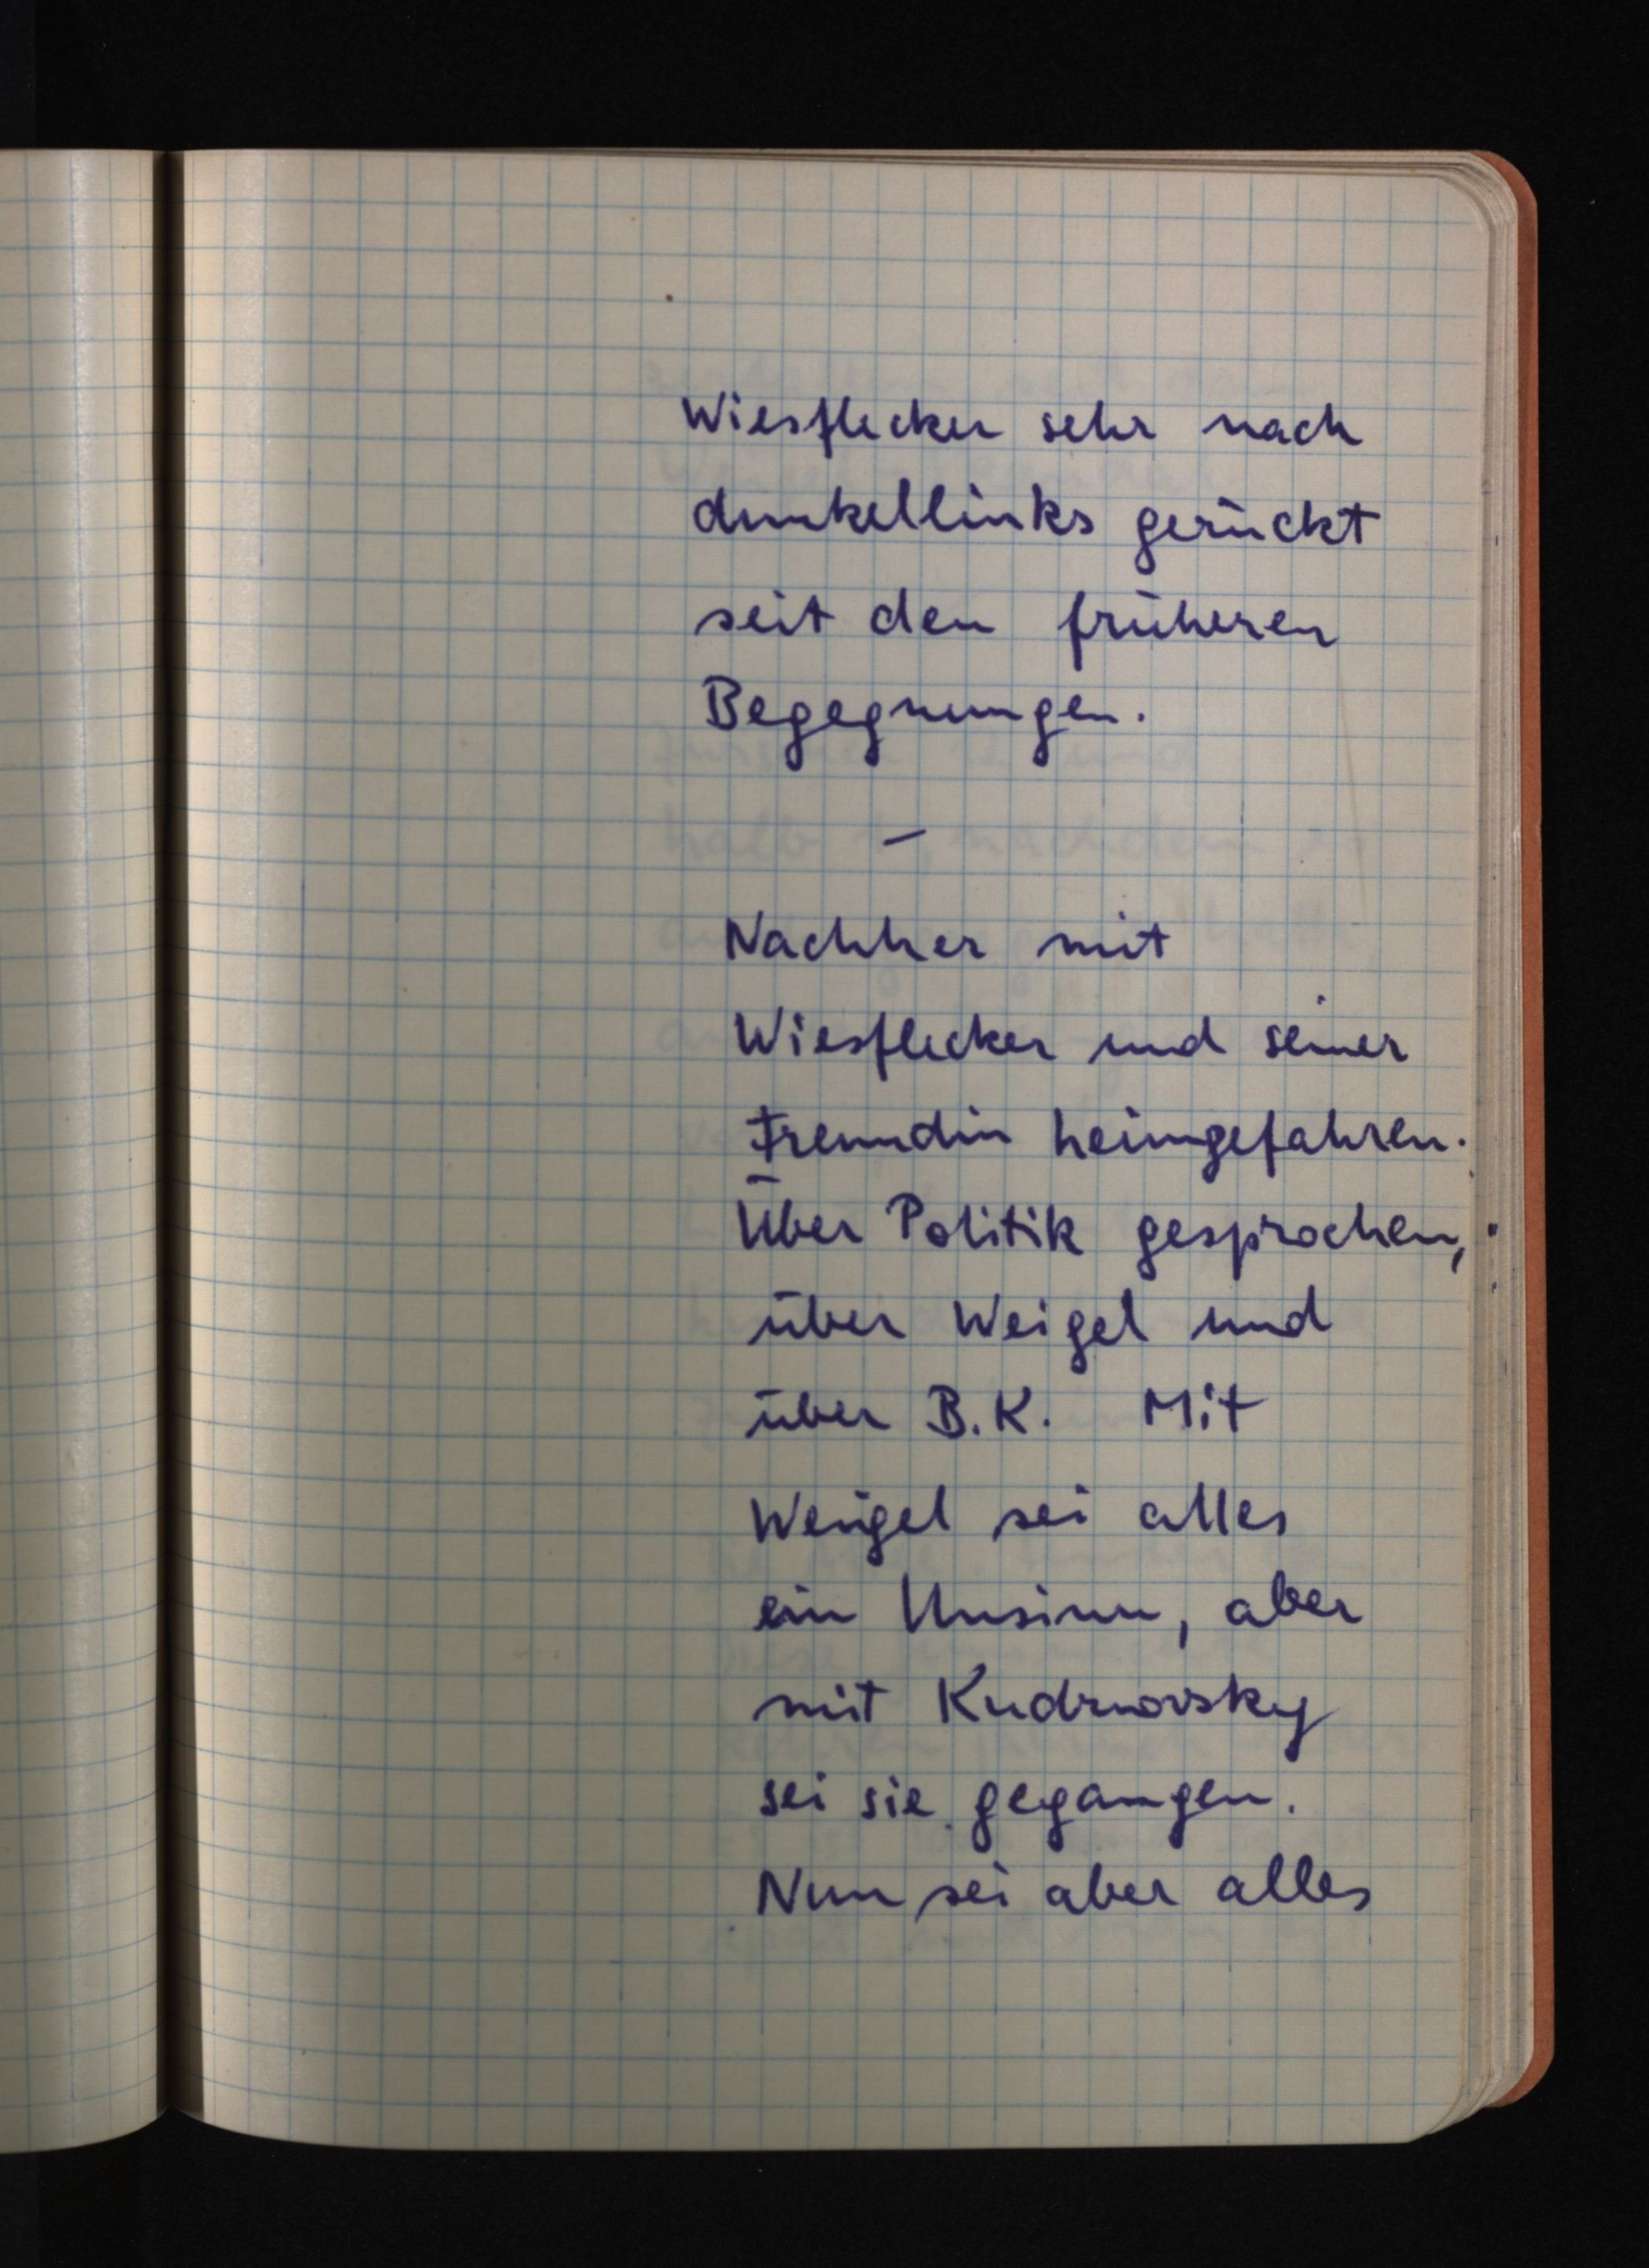
Wiesflecker sehr nach
dunkellinks gerückt
seit den früheren
Begegnungen.
Nachher mit
Wiesflecker und seiner
Freundin heimgefahren.
Über Politik gesprochen,
über Weigel und
über B. K. Mit
Weigel sei alles
ein Unsinn, aber
mit Kudrnovsky
sei sie gegangen.
Nun sei aber alles